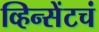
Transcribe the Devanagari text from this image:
व्हिन्सेंटचं